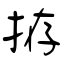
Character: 拵